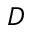
D